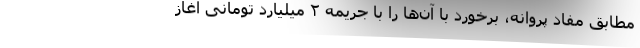
مطابق مفاد پروانه، برخورد با آن‌ها را با جریمه ۲ میلیارد تومانی آغاز